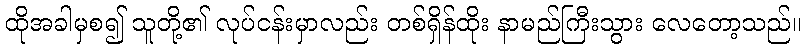
ထိုအခါမှစ၍ သူတို့၏ လုပ်ငန်းမှာလည်း တစ်ရှိန်ထိုး နာမည်ကြီးသွား လေတော့သည်။